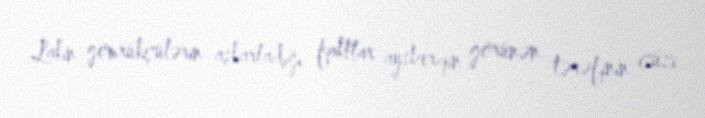
Lakin gömrükçülərin aşkarladığı faktlar aysberqin görünən tərəfinin cüzi